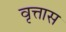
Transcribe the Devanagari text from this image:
वृत्तास